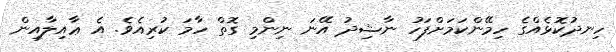
ހިނދުކޮޅެއްގެ ހިމޭންކަމަށްފަހު ނާޝިދު އޭނަ ނިންމި ގޮތް ހާމަ ކުރިއެވެ. އެ ޢާއިލާއިން